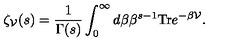
\zeta _ { \cal V } ( s ) = \frac { 1 } { \Gamma ( s ) } \int _ { 0 } ^ { \infty } d \beta \beta ^ { s - 1 } \mathrm { T r } e ^ { - \beta { \cal V } } .